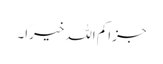
جزاکم اللہ خیرًا۔